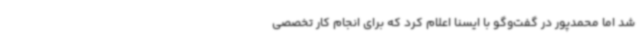
شد اما محمدپور در گفت‌وگو با ایسنا اعلام کرد که برای انجام کار تخصصی